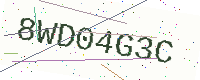
Text: 8WD04G3C